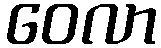
ဝေလာ